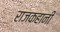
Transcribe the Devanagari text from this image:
राजकहानी